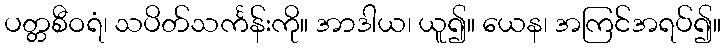
ပတ္တစီဝရံ၊ သပိတ်သင်္ကန်းကို။ အာဒါယ၊ ယူ၍။ ယေန၊ အကြင်အရပ်၍။